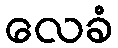
လေခံ